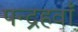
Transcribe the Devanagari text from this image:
पन्द्रहवाँ